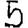
Digit: 5